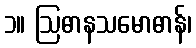
၁။ ဩဓာနသမောဓာန်၊